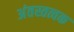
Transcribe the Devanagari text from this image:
अंतस्तत्वक